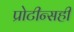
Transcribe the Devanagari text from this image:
प्रोटीन्सही